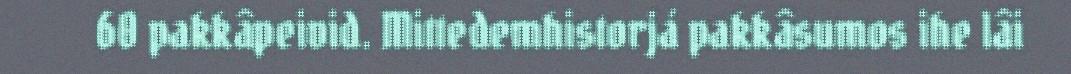
60 pakkâpeivid. Mittedemhistorjá pakkâsumos ihe lâi